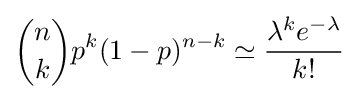
{n \choose k}p^{k}(1-p)^{n-k}\simeq {\frac {\lambda ^{k}e^{-\lambda }}{k!}}